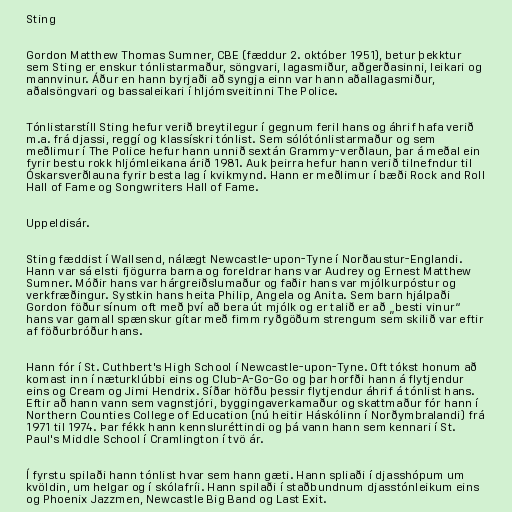
Sting

Gordon Matthew Thomas Sumner, CBE (fæddur 2. október 1951), betur þekktur
sem Sting er enskur tónlistarmaður, söngvari, lagasmiður, aðgerðasinni, leikari og
mannvinur. Áður en hann byrjaði að syngja einn var hann aðallagasmiður,
aðalsöngvari og bassaleikari í hljómsveitinni The Police.

Tónlistarstíll Sting hefur verið breytilegur í gegnum feril hans og áhrif hafa verið
m.a. frá djassi, reggí og klassískri tónlist. Sem sólótónlistarmaður og sem
meðlimur í The Police hefur hann unnið sextán Grammy-verðlaun, þar á meðal ein
fyrir bestu rokk hljómleikana árið 1981. Auk þeirra hefur hann verið tilnefndur til
Óskarsverðlauna fyrir besta lag í kvikmynd. Hann er meðlimur í bæði Rock and Roll
Hall of Fame og Songwriters Hall of Fame.

Uppeldisár.

Sting fæddist í Wallsend, nálægt Newcastle-upon-Tyne í Norðaustur-Englandi.
Hann var sá elsti fjögurra barna og foreldrar hans var Audrey og Ernest Matthew
Sumner. Móðir hans var hárgreiðslumaður og faðir hans var mjólkurpóstur og
verkfræðingur. Systkin hans heita Philip, Angela og Anita. Sem barn hjálpaði
Gordon föður sínum oft með því að bera út mjólk og er talið er að „besti vinur“
hans var gamall spænskur gítar með fimm ryðgöðum strengum sem skilið var eftir
af föðurbróður hans.

Hann fór í St. Cuthbert's High School í Newcastle-upon-Tyne. Oft tókst honum að
komast inn í næturklúbbi eins og Club-A-Go-Go og þar horfði hann á flytjendur
eins og Cream og Jimi Hendrix. Síðar höfðu þessir flytjendur áhrif á tónlist hans.
Eftir að hann vann sem vagnstjóri, byggingaverkamaður og skattmaður fór hann í
Northern Counties College of Education (nú heitir Háskólinn í Norðymbralandi) frá
1971 til 1974. Þar fékk hann kennsluréttindi og þá vann hann sem kennari í St.
Paul's Middle School í Cramlington í tvö ár.

Í fyrstu spilaði hann tónlist hvar sem hann gæti. Hann spliaði í djasshópum um
kvöldin, um helgar og í skólafríi. Hann spilaði í staðbundnum djasstónleikum eins
og Phoenix Jazzmen, Newcastle Big Band og Last Exit.